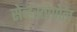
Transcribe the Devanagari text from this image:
सेव्हस्तोपोल